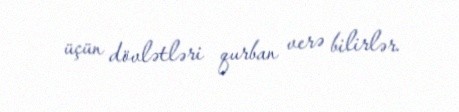
üçün dövlətləri qurban verə bilirlər.